Civil Veterinary Dept. North-West Frontier Province 1901-22 - 1901-1922
Year: 1901
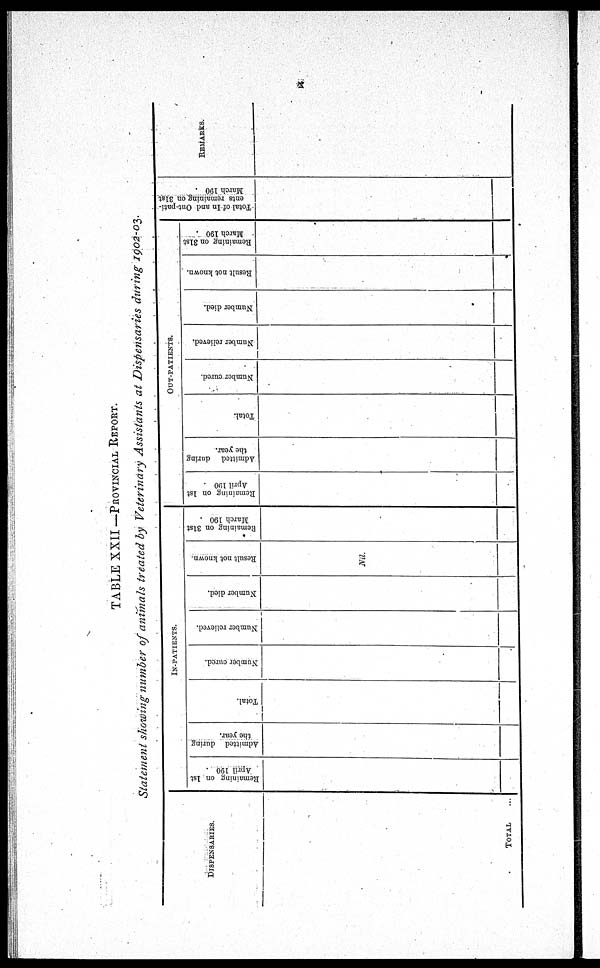
x
TABLE XXII—PROVINCIAL REPORT.
Statement showing number of animals treated by Veterinary Assistants at Dispensaries during 1902-03.
DISPENSARIES.
TOTAL ...
IN-PATIENTS.
Remaining on 1st
April 190
Admitted during
the year.
Total.
Number cured.
Number relieved.
Number died.
Result not known.
Nil.
Remaining on 31st
March 190
OUT-PATIENTS.
Remaining on 1st
April 190
Admitted during
the year.
Total.
Number cured.
Number relieved.
Number died.
Result not known.
Remaining on 31st
March 190
Total of In and Out-pati-
ents remaining on 31st
March 190
REMARKS.